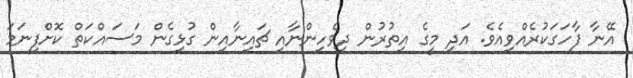
އޭނާ ފާހަގަކުރެއްވިއެވެ. އަދި މީގެ އިތުރުން ދިވެހިންނާއި ޗައިނާއިން ގުޅިގެން މަސައްކަތް ކޮށްފިނަމަ